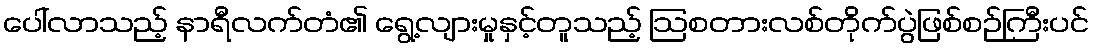
ပေါ်လာသည့် နာရီလက်တံ၏ ရွေ့လျားမှုနှင့်တူသည့် ဩစတားလစ်တိုက်ပွဲဖြစ်စဉ်ကြီးပင်